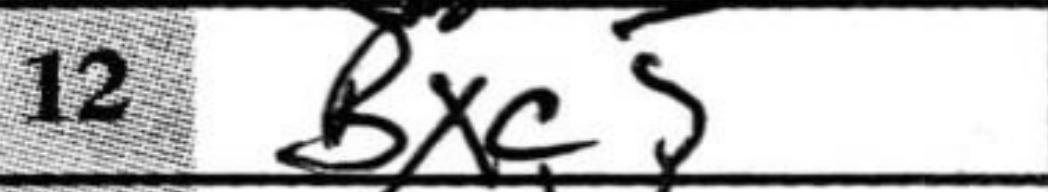
Transcription: Bxc5